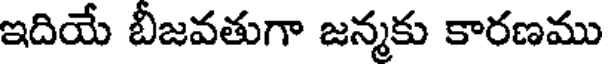
ఇదియే బీజవతుగా జన్మకు కారణము